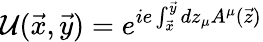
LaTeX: \mathcal{U}(\vec{{x}},\vec{{y}})=e^{ie\int_{\vec{{x}}}^{\vec{{y}}}dz_{\mu}A^{\mu}(\vec{{z}})}